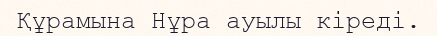
Құрамына Нұра ауылы кіреді.